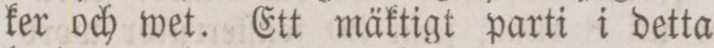
ker och wet. Ett mäktigt parti i detta